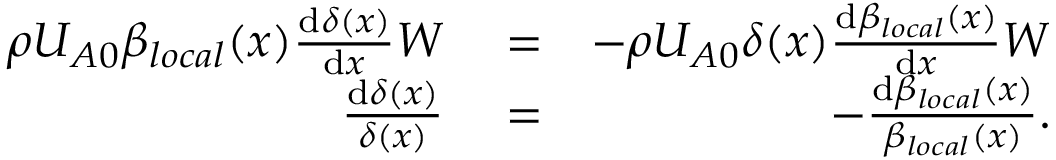
\begin{array} { r l r } { \rho U _ { A 0 } \beta _ { l o c a l } ( x ) \frac { \mathrm { d } \delta ( x ) } { \mathrm { d } x } W } & { { } = } & { - \rho U _ { A 0 } \delta ( x ) \frac { \mathrm { d } \beta _ { l o c a l } ( x ) } { \mathrm { d } x } W } \\ { \frac { \mathrm { d } \delta ( x ) } { \delta ( x ) } } & { { } = } & { - \frac { \mathrm { d } \beta _ { l o c a l } ( x ) } { \beta _ { l o c a l } ( x ) } . } \end{array}